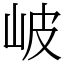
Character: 岥